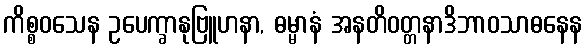
ကိစ္စဝသေန ဥပေက္ခာနုဗြူဟနာ, ဓမ္မာနံ အနတိဝတ္တနာဒိဘာဝသာဓနေန